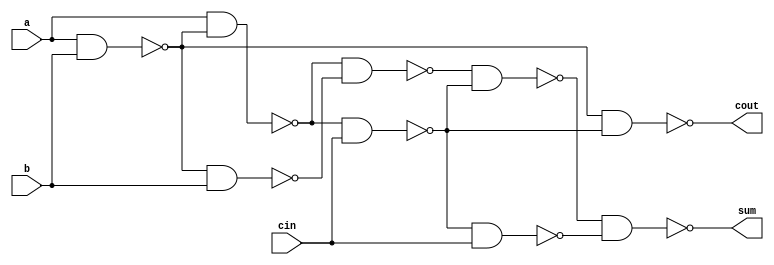
module fulladder(a,b,cin,sum,cout);

input a,b,cin;
output sum,cout;
wire w1,w2,w3,w4,w5,w6,w7;

nand n1(w1, a,b);
nand n2(w3,a,w1);
nand n3(w2,w1,b);
nand n4(w4,w3,w2);
nand n5(w5,w3,cin);
nand n6(w6,w4,w5);
nand n7(w7,w5,cin);
nand n8(cout, w1,w5);
nand n9(sum,w6,w7);

endmodule

module Testbench;

reg A1,B1,A2,B2,A3,B3,A4,B4,CIN;
wire w1,w2,w3,cout;
wire sum1,sum2,sum3,sum4;

fulladder f1(A1,B1,CIN,sum1,w1);
fulladder f2(A2,B2,w1,sum2,w2);
fulladder f3(A3,B3,w2,sum3,w3);
fulladder f4(A4,B4,w3,sum4,cout);

initial begin
A1 = 1; A2 = 0; A3=0;A4=0; B1=1;B2=1;B3=1;B4=1;
#1 $display("sum1=%b,sum2=%b,sum3=%b,sum4=%b,cout=%b ", sum1,sum2,sum3,sum4,cout);
end

endmodule